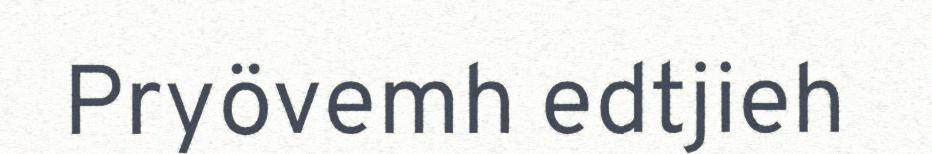
Pryövemh edtjieh